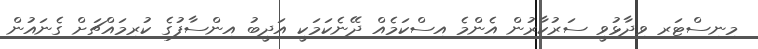
މިނިސްޓަރ ވިދާޅުވީ ސަރުކާރުން އެންމެ އިސްކަމެއް ދޭނެކަމަކީ އަދީބު އިންސާފުގެ ކުރިމައްޗަށް ގެނައުން